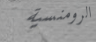
الرومنسية